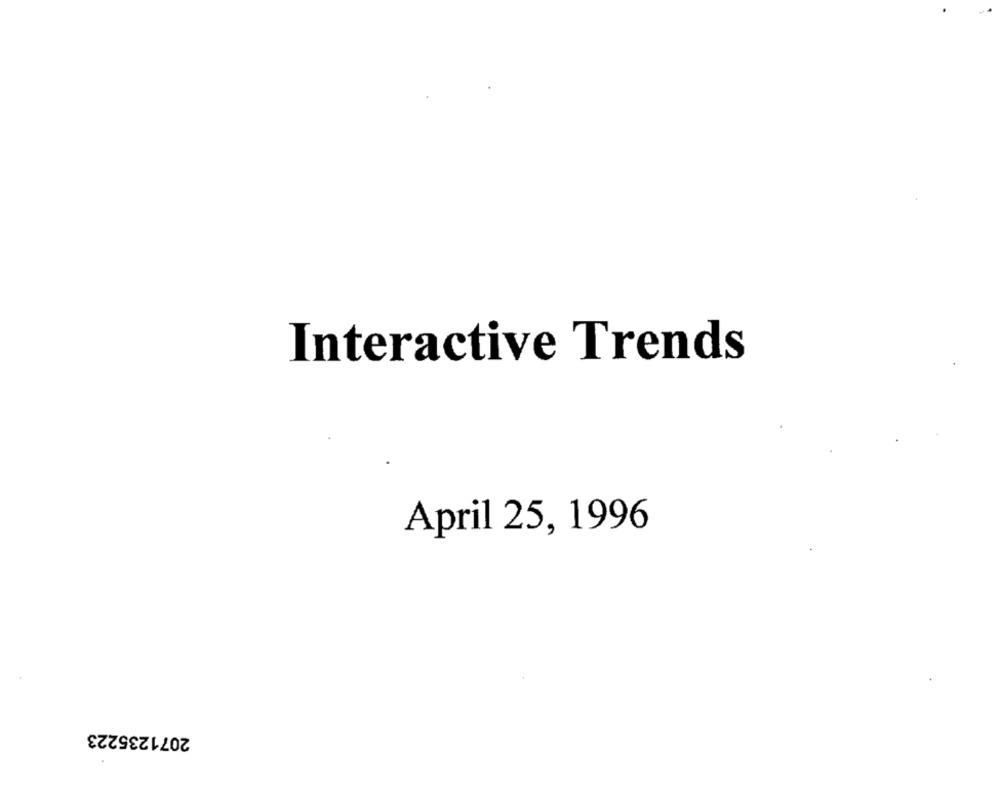
Interactive Trends
April 25, 1996
2071235223